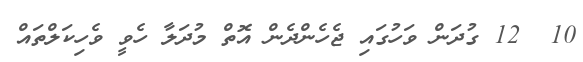
10  12 ގުދަން ވަހުގައި ޖެހެންދެން އޮތް މުދަލާ ހެވީ ވެހިކަލްތައް